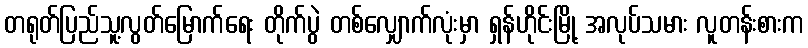
တရုတ်ပြည်သူ့လွတ်မြောက်ရေး တိုက်ပွဲ တစ်လျှောက်လုံးမှာ ရှန်ဟိုင်းမြို့ အလုပ်သမား လူတန်းစားက